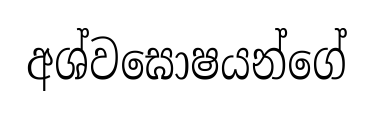
අශ්වඝොෂයන්ගේ